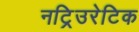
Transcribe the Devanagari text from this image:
नट्रिउरेटिक